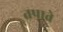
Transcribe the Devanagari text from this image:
तपाते